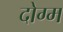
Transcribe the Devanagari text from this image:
दोग्म